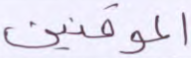
الموقنين